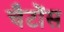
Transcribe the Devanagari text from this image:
चैटोंस